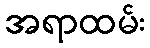
အရာထမ်း